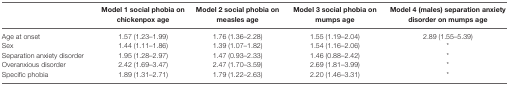
<table><thead><tr><td></td><td><b>Model 1 social phobia on chickenpox age</b></td><td><b>Model 2 social phobia on measles age</b></td><td><b>Model 3 social phobia on mumps age</b></td><td><b>Model 4 (males) separation anxiety disorder on mumps age</b></td></tr></thead><tbody><tr><td>Age at onset</td><td>1.57 (1.23–1.99)</td><td>1.76 (1.36–2.28)</td><td>1.55 (1.19–2.04)</td><td>2.89 (1.55–5.39)</td></tr><tr><td>Sex</td><td>1.44 (1.11–1.86)</td><td>1.39 (1.07–1.82)</td><td>1.54 (1.16–2.06)</td><td>*</td></tr><tr><td>Separation anxiety disorder</td><td>1.95 (1.28–2.97)</td><td>1.47 (0.93–2.33)</td><td>1.46 (0.88–2.42)</td><td>*</td></tr><tr><td>Overanxious disorder</td><td>2.42 (1.69–3.47)</td><td>2.47 (1.70–3.59)</td><td>2.69 (1.81–3.99)</td><td>*</td></tr><tr><td>Specific phobia</td><td>1.89 (1.31–2.71)</td><td>1.79 (1.22–2.63)</td><td>2.20 (1.46–3.31)</td><td>*</td></tr></tbody></table>